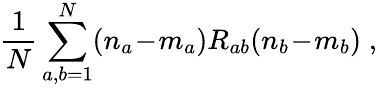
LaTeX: \frac{1}{N}\sum_{a,b=1}^{N}(n_{a}\! -\! m_{a})R_{ab}(n_{b}\! -\! m_{b})\; ,